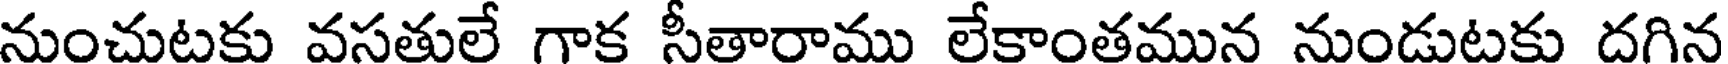
నుంచుటకు వసతులే గాక సీతారాము లేకాంతమున నుండుటకు దగిన